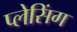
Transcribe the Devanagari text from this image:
प्लेसिंग